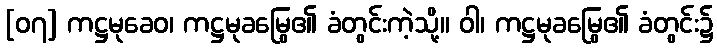
[၀၇] ကဋ္ဌမုခေဝ၊ ကဋ္ဌမုခမြွေ၏ ခံတွင်းကဲ့သို့။ ဝါ၊ ကဋ္ဌမုခမြွေ၏ ခံတွင်း၌